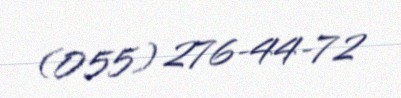
(055) 276-44-72